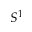
S ^ { 1 }